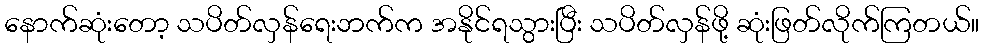
နောက်ဆုံးတော့ သပိတ်လှန်ရေးဘက်က အနိုင်ရသွားပြီး သပိတ်လှန်ဖို့ ဆုံးဖြတ်လိုက်ကြတယ်။